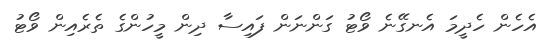
އެހެން ހެދީމަ އެނގޭނެ ވޯޓު ގަންނަން ފައިސާ ދިން މީހުންގެ ތެރެއިން ވޯޓު